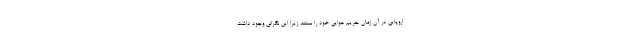
اروپایی در آن زمان حریم هوایی خود را بستند زیرا این نگرانی وجود داشت